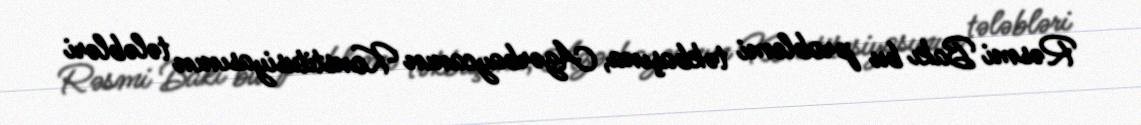
Rəsmi Bakı bu problemi təkbaşına, Azərbaycanın Konstitusiyasının tələbləri